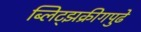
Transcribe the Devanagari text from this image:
ब्लिट्झक्रीगपुढे